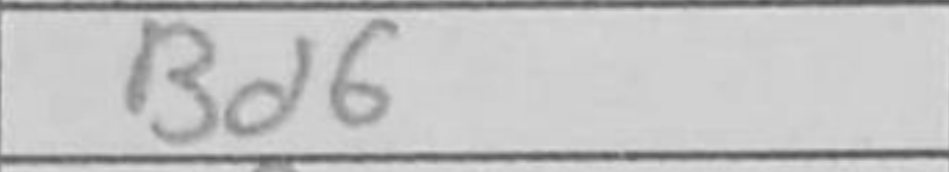
Transcription: Bd6